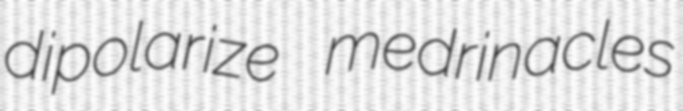
dipolarize medrinacles